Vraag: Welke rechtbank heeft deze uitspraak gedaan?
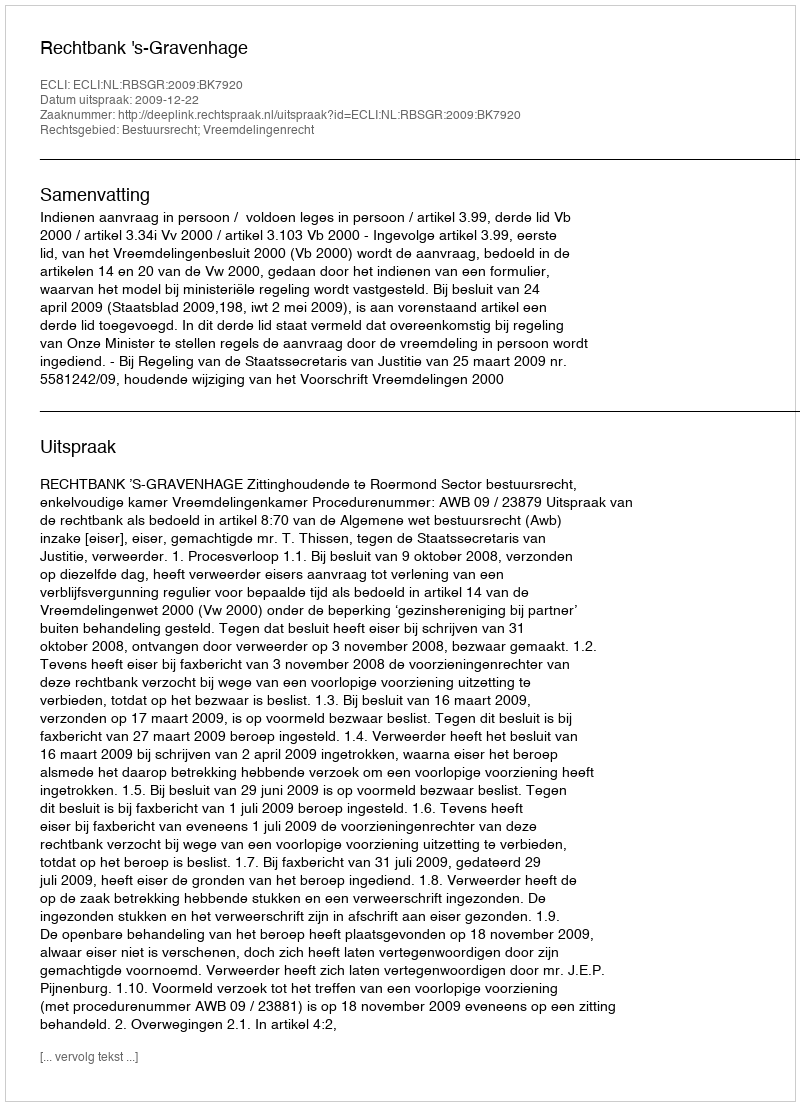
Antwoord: Rechtbank 's-Gravenhage